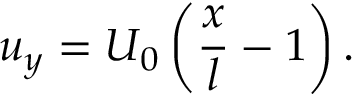
u _ { y } = U _ { 0 } \left( \frac { x } { l } - 1 \right) .